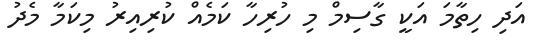
އަދި ހިތާމަ އަކީ ގާސިމް މި ހުރިހާ ކަމެއް ކުރިއިރު މިކަމާ މެދު